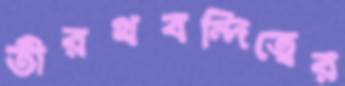
তীরথবন্দিত্বের